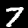
Digit: 7